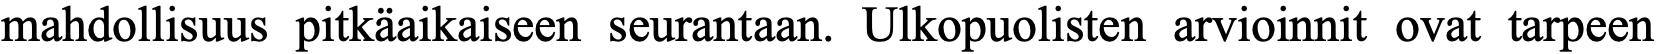
mahdollisuus pitkäaikaiseen seurantaan. Ulkopuolisten arvioinnit ovat tarpeen